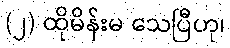
(၂) ထိုမိန်းမ သေပြီဟု၊